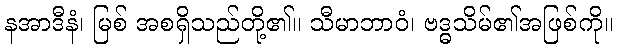
နအာဒီနံ၊ မြစ် အစရှိသည်တို့၏။ သီမာဘာဝံ၊ ဗဒ္ဓသိမ်၏အဖြစ်ကို။